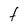
Character: t